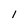
Character: 1